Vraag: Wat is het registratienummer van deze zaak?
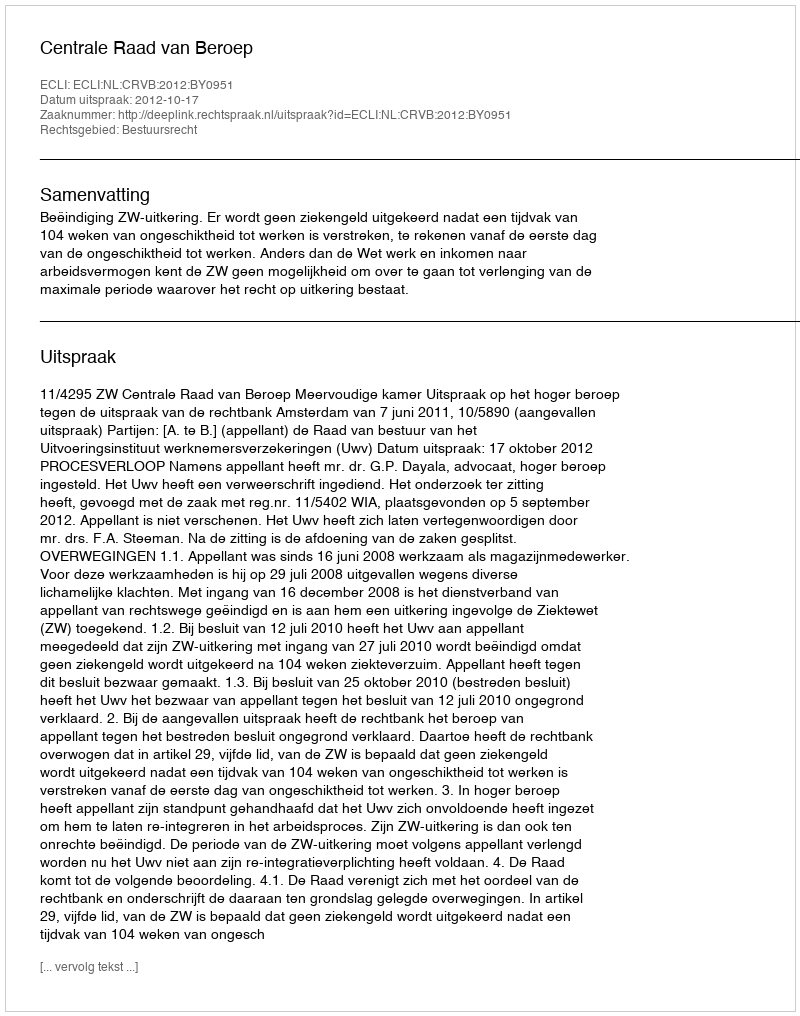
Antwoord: http://deeplink.rechtspraak.nl/uitspraak?id=ECLI:NL:CRVB:2012:BY0951